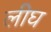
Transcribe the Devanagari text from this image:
लीघ